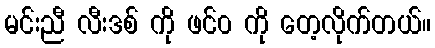
မင်းညီ လီးဒစ် ကို ဖင်၀ ကို တေ့လိုက်တယ်။